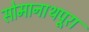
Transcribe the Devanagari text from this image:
सोमानाथपूरा